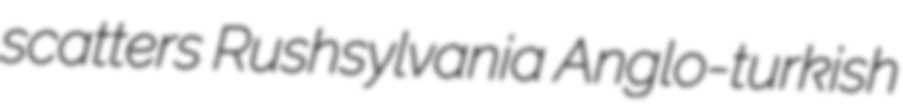
scatters Rushsylvania Anglo-turkish